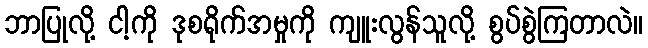
ဘာပြုလို့ ငါ့ကို ဒုစရိုက်အမှုကို ကျူးလွန်သူလို့ စွပ်စွဲကြတာလဲ။